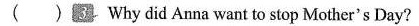
( ) Why did Anna want to stop Mother's Day?